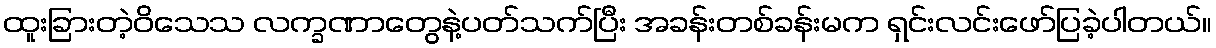
ထူးခြားတဲ့ဝိသေသ လက္ခဏာတွေနဲ့ပတ်သက်ပြီး အခန်းတစ်ခန်းမက ရှင်းလင်းဖော်ပြခဲ့ပါတယ်။